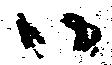
ハ